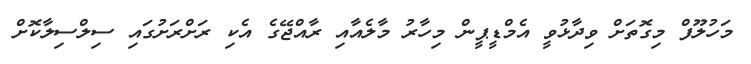
މަހުލޫފް މިގޮތަށް ވިދާޅުވީ އެމްޑީޕީން މިހާރު މާލެއާއި ރާއްޖޭގެ އެކި ރަށްރަށުގައި ސިލްސިލާކޮށް